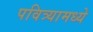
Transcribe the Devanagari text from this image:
पवित्र्यामध्ये